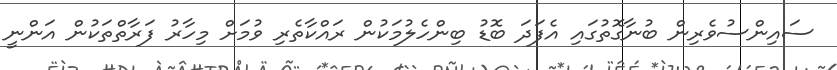
ސައިންސުވެރިން ބުނާގޮތުގައި އެފަދަ ބޮޑު ބިންހެލުމަކުން ރައްކާތެރި ވުމަށް މިހާރު ފަރާތްތަކުން އަންނީ